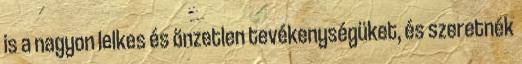
is a nagyon lelkes és önzetlen tevékenységüket, és szeretnék